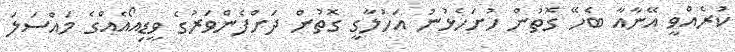
ކުރެއްވީ އޭނާއާ ބެހޭ ގޮތުން ހުށަހެޅުނު އަހުލާގީ ގޮތުން ދަށްފެންވަރުގެ ވީޑިއޯއެއްގެ މައްސަލަ